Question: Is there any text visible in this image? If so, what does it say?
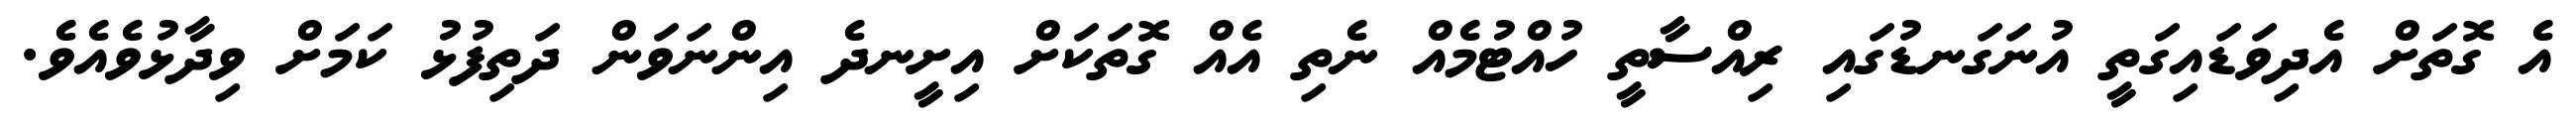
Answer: އެ ގޮތަށް އެދިވަޑައިގަތީ އުނަގަނޑުގައި ރިއްސާތީ ހުއްޓުމެއް ނެތި އެއް ގޮތަކަށް އިށީނދެ އިންނަވަން ދަތިފުޅު ކަމަށް ވިދާޅުވެއެވެ.